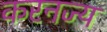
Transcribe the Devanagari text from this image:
करनज्य